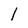
Character: 1